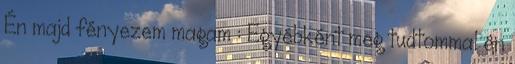
Én majd fényezem magam : Egyébként meg tudtommal én